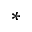
^ *